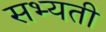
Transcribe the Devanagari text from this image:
सभ्यती